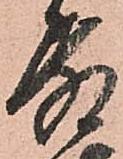
殿